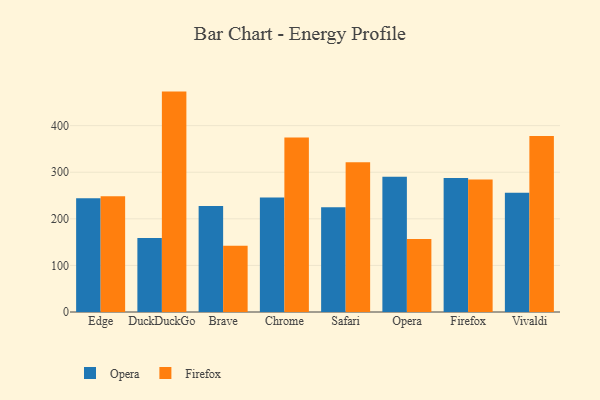
{"axis": {"x": "Browser", "y": "Budget (USD K)"}, "legend": ["Firefox", "Opera"], "data": [{"x": "Edge", "y": 244.0, "type": "Opera"}, {"x": "Edge", "y": 248.6, "type": "Firefox"}, {"x": "DuckDuckGo", "y": 158.7, "type": "Opera"}, {"x": "DuckDuckGo", "y": 473.1, "type": "Firefox"}, {"x": "Brave", "y": 227.4, "type": "Opera"}, {"x": "Brave", "y": 142.3, "type": "Firefox"}, {"x": "Chrome", "y": 245.8, "type": "Opera"}, {"x": "Chrome", "y": 374.4, "type": "Firefox"}, {"x": "Safari", "y": 224.8, "type": "Opera"}, {"x": "Safari", "y": 321.3, "type": "Firefox"}, {"x": "Opera", "y": 290.1, "type": "Opera"}, {"x": "Opera", "y": 156.9, "type": "Firefox"}, {"x": "Firefox", "y": 287.5, "type": "Opera"}, {"x": "Firefox", "y": 284.3, "type": "Firefox"}, {"x": "Vivaldi", "y": 255.8, "type": "Opera"}, {"x": "Vivaldi", "y": 377.7, "type": "Firefox"}]}